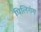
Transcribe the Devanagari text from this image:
पिलिगंग